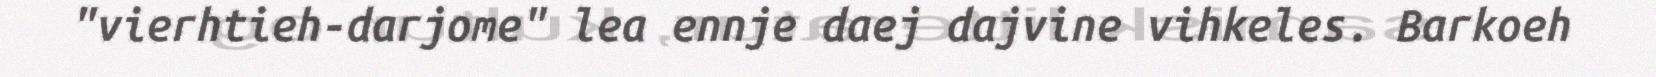
"vierhtieh-darjome" lea ennje daej dajvine vihkeles. Barkoeh